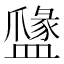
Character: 𥂼